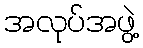
အလုပ်အဖွဲ့